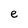
Character: e